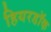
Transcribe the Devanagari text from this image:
हियरडॉक